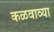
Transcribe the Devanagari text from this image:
कळवाव्या